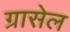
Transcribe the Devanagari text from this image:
ग्रासेल